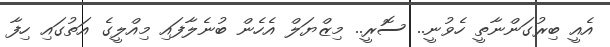
އެއީ ބިރުގަންނާތީ ހެވުނީ.. ސޮރީ.. މިޒްޔަލް އެހެން ބުނެލާފައި މިއްލީގެ އަތުގައި ހިފާ